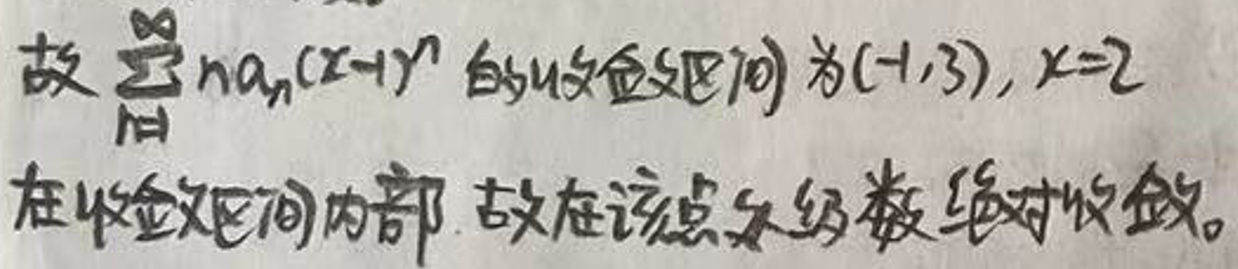
故\(\sum_{n} a_{n}(x - 1)^{n}\)的收敛区间为\((-1,3)\)，\(x = 2\)在收敛区间内部，故在该点级数绝对收敛。